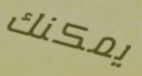
يمكنك